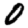
Digit: 0